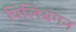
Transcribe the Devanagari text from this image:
पिलिबंगन